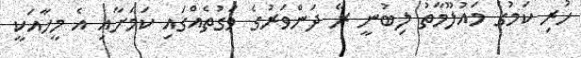
ހުރި ކަމުގެ މައުލޫމާތު ލިބުނީ ރޭ ދަންވަރުގެ ވަގުތެއްގައި ކަމަށާއި އެ މީހާއަކީ